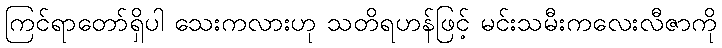
ကြင်ရာတော်ရှိပါ သေးကလားဟု သတိရဟန်ဖြင့် မင်းသမီးကလေးလီဇာကို